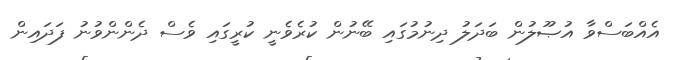
އެއްބަސްވާ އުޞޫލުން ބަދަލު ދިނުމުގައި ބޭނުން ކުރެވެނީ ކުރީގައި ވެސް ދެންންވުނު ފަދައިން